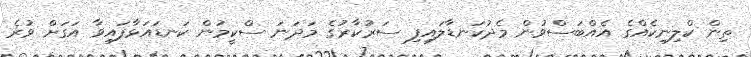
ތިން ކްލިނިކެއްގެ އެއްބަސްވުން މެދުކަނޑާލައިފި ސަރުކާރުގެ މަދަނަ ސްކީމުން ކަނޑައަޅާފައިވާ އަގަށް ވުރެ